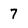
Character: 7